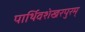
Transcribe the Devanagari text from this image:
पार्थिवशेखरपुरम्